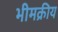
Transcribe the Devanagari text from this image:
भीमक्रीय